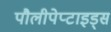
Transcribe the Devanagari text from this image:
पौलीपेप्टाइड्स